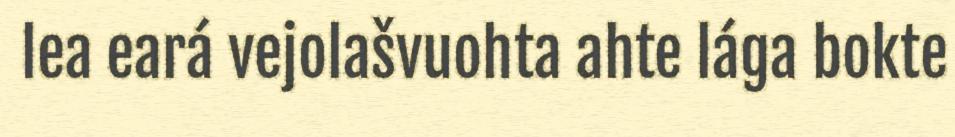
lea eará vejolašvuohta ahte lága bokte